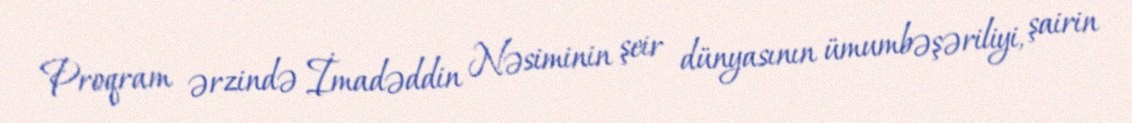
Proqram ərzində İmadəddin Nəsiminin şeir dünyasının ümumbəşəriliyi, şairin